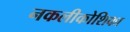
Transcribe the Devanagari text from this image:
नकलीकोशिका